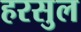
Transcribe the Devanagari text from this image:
हरसुल